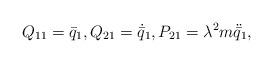
LaTeX: \begin{align*} Q_{11} = \bar{q}_1 , Q_{21} = \dot{\bar{q}}_1 , P_{21} = \lambda^2 m \ddot{\bar{q}}_1 ,\end{align*}